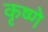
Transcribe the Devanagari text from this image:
कृष्णे